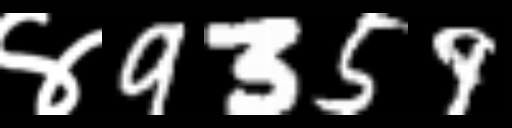
Text: ४9359